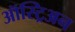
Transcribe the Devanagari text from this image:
ऑस्ट्रिअन